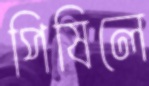
পিষিলে